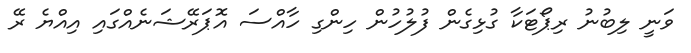
ވަނީ ލިބުނު ރިޕޯޓަކާ ގުޅިގެން ފުލުހުން ހިންގި ހާއްސަ އޮޕަރޭޝަނެއްގައި އިއްޔެ ރޭ